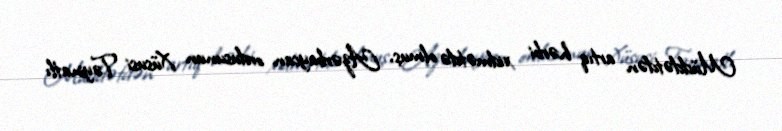
Müddətdən artıq hərbi xidmətdə olmuş, Azərbaycan ordusunun Xüsusi Təyinatlı